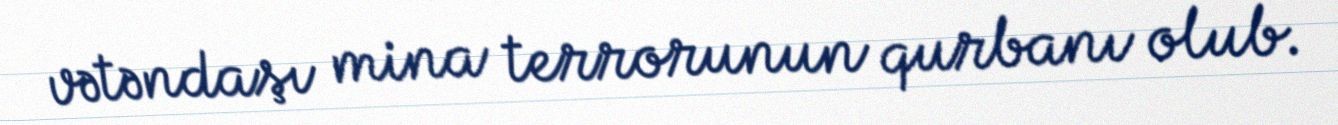
vətəndaşı mina terrorunun qurbanı olub.